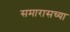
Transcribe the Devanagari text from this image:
समारासच्या